Madras plague regulations in force outside the Presidency town - Volume 3
Disease focus: Plague
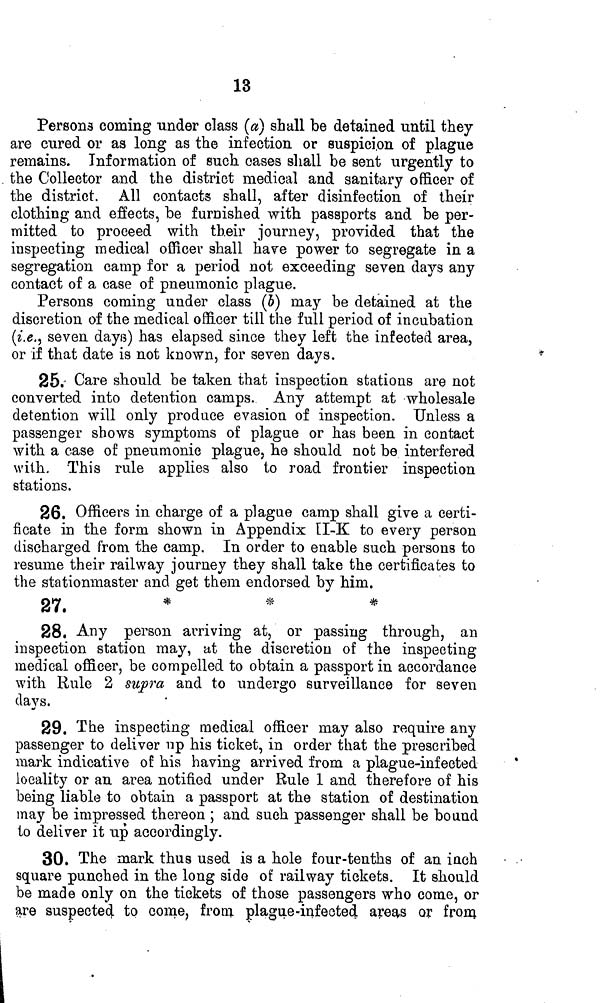
13
Persons coming under class (a) shall be detained until they
are cured or as long as the infection or suspicion of plague
remains. Information of such cases shall be sent urgently to
the Collector and the district medical and sanitary officer of
the district. All contacts shall, after disinfection of their
clothing and effects, be furnished with passports and be per-
mitted to proceed with their journey, provided that the
inspecting medical officer shall have power to segregate in a
segregation camp for a period not exceeding seven days any
contact of a case of pneumonic plague.
Persons coming under class (b) may be detained at the
discretion of the medical officer till the full period of incubation
(i.e., seven days) has elapsed since they left the infected area,
or if that date is not known, for seven days.
25. Care should be taken that inspection stations are not
converted into detention camps. Any attempt at wholesale
detention will only produce evasion of inspection. Unless a
passenger shows symptoms of plague or has been in contact
with a case of pneumonic plague, he should not be interfered
with. This rule applies also to road frontier inspection
stations.
26. Officers in charge of a plague camp shall give a certi-
ficate in the form shown in Appendix ÍI-K to every person
discharged from the camp. In order to enable such persons to
resume their railway journey they shall take the certificates to
the stationmaster and get them endorsed by him.
27.
*
*
*
28. Any person arriving at, or passing through, an
inspection station may, at the discretion of the inspecting
medical officer, be compelled to obtain a passport in accordance
with Rule 2 supra and to undergo surveillance for seven
clays.
29. The inspecting medical officer may also require any
passenger to deliver up his ticket, in order that the prescribed
mark indicative of his having arrived from a plague-infected
locality or an area notified under Rule 1 and therefore of his
being liable to obtain a passport at the station of destination
may be impressed thereon ; and such passenger shall be bound
to deliver it up accordingly.
30. The mark thus used is a hole four-tenths of an inch • •
square punched in the long side of railway tickets. It should
be made only on the tickets of those passengers who come, or
are suspected, to come, from plague-infected areas or from